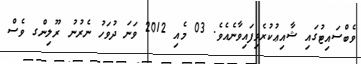
ވެބްސައިޓުގައި ޝާއިޢުކުރެވިފައިވާނެއެވެ. 03 މެއި 2012 ވަނަ ދުވަހު ނެރުނު ރޫލިންގ ވެސް